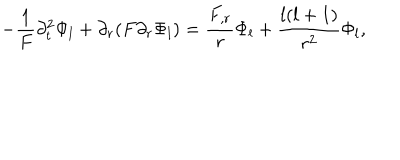
- \frac { 1 } { F } \partial _ { t } ^ { 2 } \Phi _ { l } + \partial _ { r } ( F \partial _ { r } \Phi _ { l } ) = \frac { F _ { , r } } { r } \Phi _ { l } + \frac { l ( l + 1 ) } { r ^ { 2 } } \Phi _ { l } ,